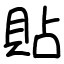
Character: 貼